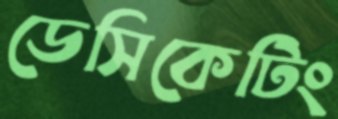
ডেসিকেটিং